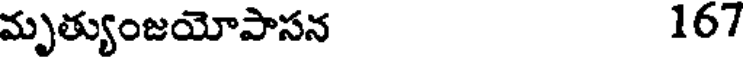
మృత్యుంజయోపాసన 167